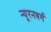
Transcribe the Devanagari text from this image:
न्यूरनबर्ग